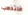
فلتذهب